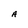
Character: A